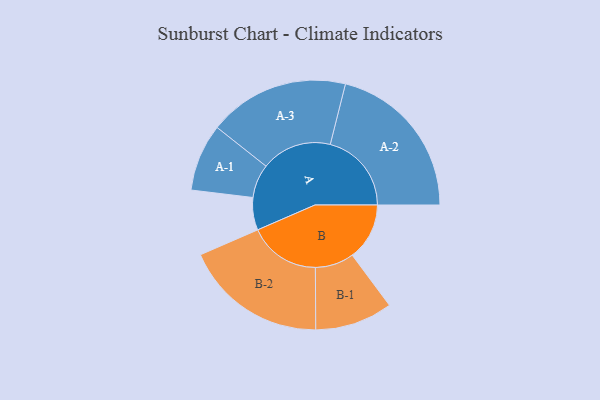
{"axis": {"x": "Segment", "y": "Value"}, "legend": ["", "A", "B"], "data": [{"x": "A", "y": 108, "type": ""}, {"x": "B", "y": 190, "type": ""}, {"x": "A-1", "y": 112, "type": "A"}, {"x": "A-2", "y": 270, "type": "A"}, {"x": "A-3", "y": 234, "type": "A"}, {"x": "B-1", "y": 129, "type": "B"}, {"x": "B-2", "y": 238, "type": "B"}]}